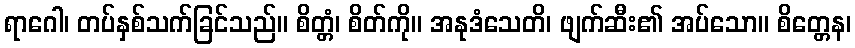
ရာဂေါ၊ တပ်နှစ်သက်ခြင်သည်။ စိတ္တံ၊ စိတ်ကို။ အနုဒံသေတိ၊ ဖျက်ဆီး၏ အပ်သော။ စိတ္တေန၊